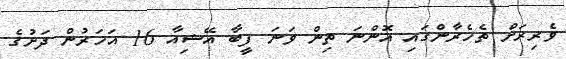
ވެރިރަށް ތެހެރާންގައި އޮންނަ ތިން ވަނަ ފީބާ އޭޝިއާ 16 އަހަރުން ދަށުގެ